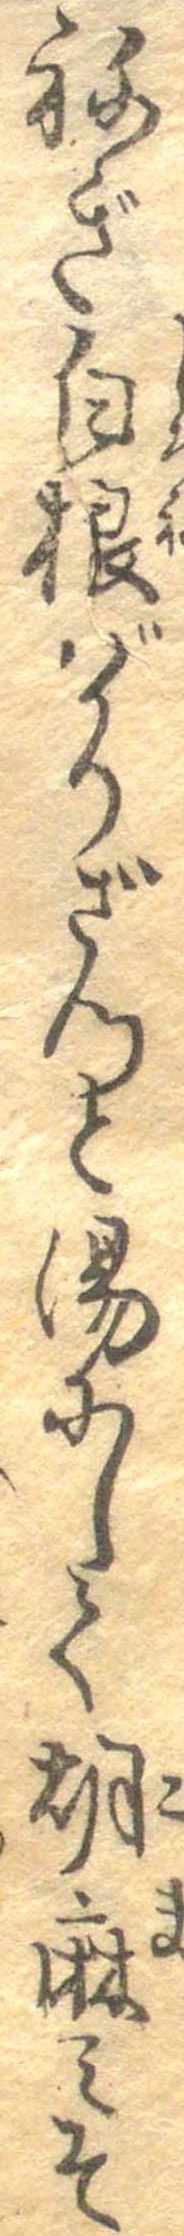
ねぎ白根ばかりざつと湯にして胡麻みそ